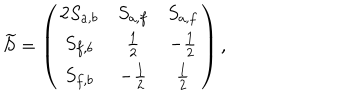
\widetilde { S } = \left( \begin{array} { c c c } { { 2 S _ { a , b } } } & { { S _ { a , f } } } & { { S _ { a , f } } } \\ { { S _ { f , b } } } & { { \frac { 1 } { 2 } } } & { { - \frac { 1 } { 2 } } } \\ { { S _ { f , b } } } & { { - \frac { 1 } { 2 } } } & { { \frac { 1 } { 2 } } } \\ \end{array} \right) ,